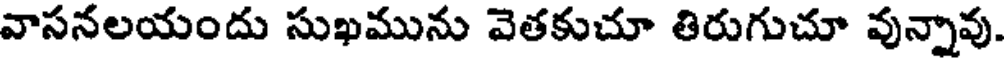
వాసనలయందు సుఖమును వెతకుచూ తిరుగుచూ వున్నావు.